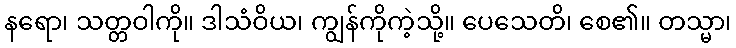
နရော၊ သတ္တဝါကို။ ဒါသံဝိယ၊ ကျွန်ကိုကဲ့သို့။ ပေသေတိ၊ စေ၏။ တသ္မာ၊